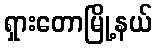
ရှားတောမြို့နယ်